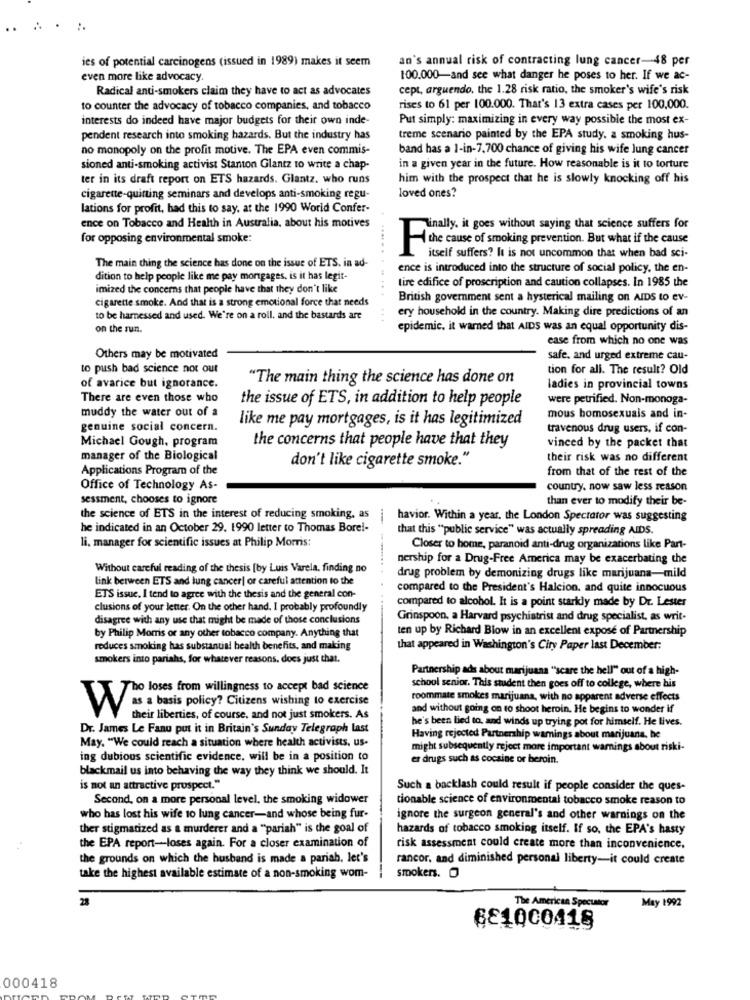
ies of potential carcinogens (issued in 1989) makes it seem
an's annual risk of contracting lung cancer-48 per
even more like advocacy.
100.000-and see what danger he poses to her. If we ac-
Radical anti-smokers claim they have to act as advocates
cept, arguendo, the 1.28 risk ratio, the smoker's wife's risk
to counter the advocacy of tobacco companies, and tobacco
rises to 61 per 100.000. That's 13 extra cases per 100,000.
interests do indeed have major budgets for their own inde-
Put simply: maximizing in every way possible the most ex-
pendent research into smoking hazards. But the industry has
treme scenario painted by the EPA study. a smoking hus-
no monopoly on the profit motive. The EPA even commis-
band has a 1-in-7,700 chance of giving his wife lung cancer
sioned anti-smoking activist Stanton Glantz to write a chap-
in a given year in the future. How reasonable is it to torture
ter in its draft report on ETS hazards. Glantz. who runs
him with the prospect that he is slowly knocking off his
cigarette-quinting seminars and develops anti-smoking regu-
loved ones?
lations for profit, had this to say, at the 1990 World Confer-
ence on Tobacco and Health in Australia, about his motives
Finally. it goes without saying that science suffers for
for opposing environmental smoke:
the cause of smoking prevention. But what if the cause
itself suffers? It is not uncommon that when bad sci-
The main thing the science has done on the issue of ETS. in ad-
ence is introduced into the structure of social policy, the en-
dition to help people like me pay morgages, is it has legit-
tire edifice of proscription and caution collapses. In 1985 the
imized the concerns that people have that they don't like
cigarette smoke. And that is a strong emotional force that needs
British government sent a hysterical mailing on AIDS to ev-
ery household in the country. Making dire predictions of an
to be harnessed and used. We're on a roll. and the bastards are
on the run.
epidemic. it warned that AIDS was an equal opportunity dis-
case from which no one was
Others may be motivated
safe, and urged extreme cau-
to push bad science not out
tion for all. The result? Old
"The main thing the science has done on
of avarice but ignorance.
ladies in provincial towns
There are even those who
the issue of ETS, in addition to help people
were petrified. Non-monoga-
muddy the water out of a
like me pay mortgages, is it has legitimized
mous homosexuals and in-
genuine social concern.
travenous drug users, if con-
Michael Gough, program
the concerns that people have that they
vinced by the packet that
manager of the Biological
don't like cigarette smoke."
their risk was no different
Applications Program of the
from that of the rest of the
Office of Technology As-
country. now saw less reason
sessment, chooses to ignore
than ever to modify their be-
the science of ETS in the interest of reducing smoking, as
havior. Within a year. the London Spectator was suggesting
he indicated in an October 29. 1990 letter to Thomas Bore !-
that this "public service" was actually spreading AIDS.
li, manager for scientific issues at Philip Morris:
Closer to home, paranoid anti-drug organizations like Part-
nership for a Drug-Free America may be exacerbating the
Without careful reading of the thesis [by Luis Varela, finding no
link between ETS and lung cancer| or careful attention to the
drug problem by demonizing drugs like marijuana-mild
compared to the President's Halcion, and quite innocuous
ETS issue. I tend to agree with the thesis and the general con-
clusions of your letter. On the other hand, I probably profoundly
compared to alcohol. It is a point starkly made by Dr. Lester
disagree with any use that might be made of those conclusions
Grinspoon, a Harvard psychiatrist and drug specialist, as writ.
ten up by Richard Blow in an excellent exposé of Partnership
by Philip Morris or any other tobacco company. Anything that
reduces smoking has substantial health benefits, and making
that appeared in Washington's City Paper last December:
smokers into pariahs, for whatever reasons. does just that.
Partnership ads about marijuana "scare the hell" out of a high-
Tho loses from willingness to accept bad science
school senior. This student then goes off to college, where his
roommate smokes marijuana, with no apparent adverse effects
and without going on to shoot heroin. He begins to wonder if
VVs. basis policy? Citizens wishing to exercise
their liberties, of course, and not just smokers. As
he's been lied to, and winds up trying pot for himself. He lives.
Dr. James Le Fanu put it in Britain's Sunday Telegraph Last
May. "We could reach a situation where health activists, us-
Having rejected Partnership warnings about marijuana, he
might subsequently reject more important warnings about riski-
ing dubious scientific evidence, will be in a position to
er drugs such as cocaine or beroin.
blackmail us into behaving the way they think we should. It
is not an attractive prospect."
Such a backlash could result if people consider the ques-
Second, on a more personal level, the smoking widower
tionable science of environmental tobacco smoke reason to
who has lost his wife 10 lung cancer-and whose being fur-
ignore the surgeon general's and other warnings on the
ther stigmatized as a murderer and a "pariah" is the goal of
hazards of tobacco smoking itself. If so, the EPA's hasty
the EPA report-loses again. For a closer examination of
risk assessment could create more than inconvenience,
the grounds on which the husband is made a pariah. let's
rancor, and diminished personal liberty-it could create
take the highest available estimate of a non-smoking wom-
smokers. 0
28
The American Spectator
May 1992
6E1000418
000418